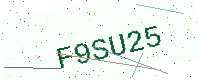
Text: F9SU25